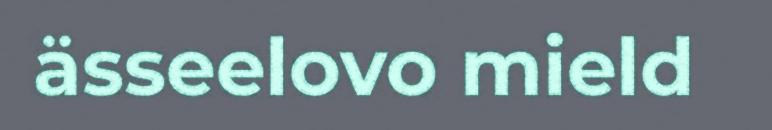
ässeelovo mield